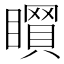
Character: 𥋻